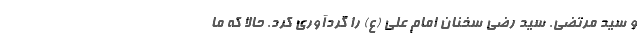
و سید مرتضی. سید رضی سخنان امام علی (ع) را گردآوری کرد. حالا که ما